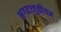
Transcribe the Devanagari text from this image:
भगवज्जुकीयम्‌